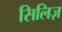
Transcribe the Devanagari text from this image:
सिलिज़